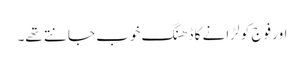
اور فوج کو لڑانے کا ڈھنگ خوب جانتے تھے۔